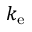
k _ { \mathrm { e } }